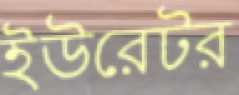
ইউরেটর